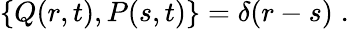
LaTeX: \left\{ Q(r,t),P(s,t)\right\} =\delta(r-s)\; .